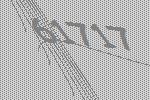
61717